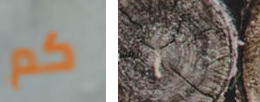
كم للمبتدئين